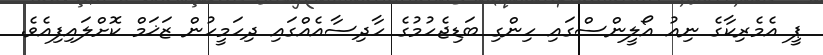
ޕީ އެމެރިކާގެ ނިއު އޯލީންސްގައި ހިންގި ބަޑިޖެހުމުގެ ހާދިސާއެއްގައި ދިހަމީހުން ޒަޚަމް ކޮށްލައިފިއެވެ.